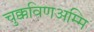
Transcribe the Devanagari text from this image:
चुक्कविणअम्मि